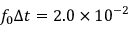
f _ { 0 } \Delta t = 2 . 0 \times 1 0 ^ { - 2 }